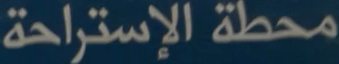
محطة الإستراحة